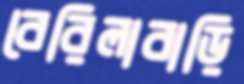
বেরিলাবাড়ি